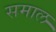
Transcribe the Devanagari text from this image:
समाल